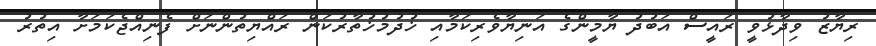
ރިޔާޒު ވިދާޅުވީ ރައީސް އަބުދު ޔާމީންގެ އަނިޔާވެރިކަމާއި ޚުދުމުޚުތާރުކަން ރައްޔިތުންނަށް ފެނިއްޖެކަމަށާ އިތުރު